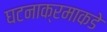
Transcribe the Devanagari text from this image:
घटनाक्रमाकडे